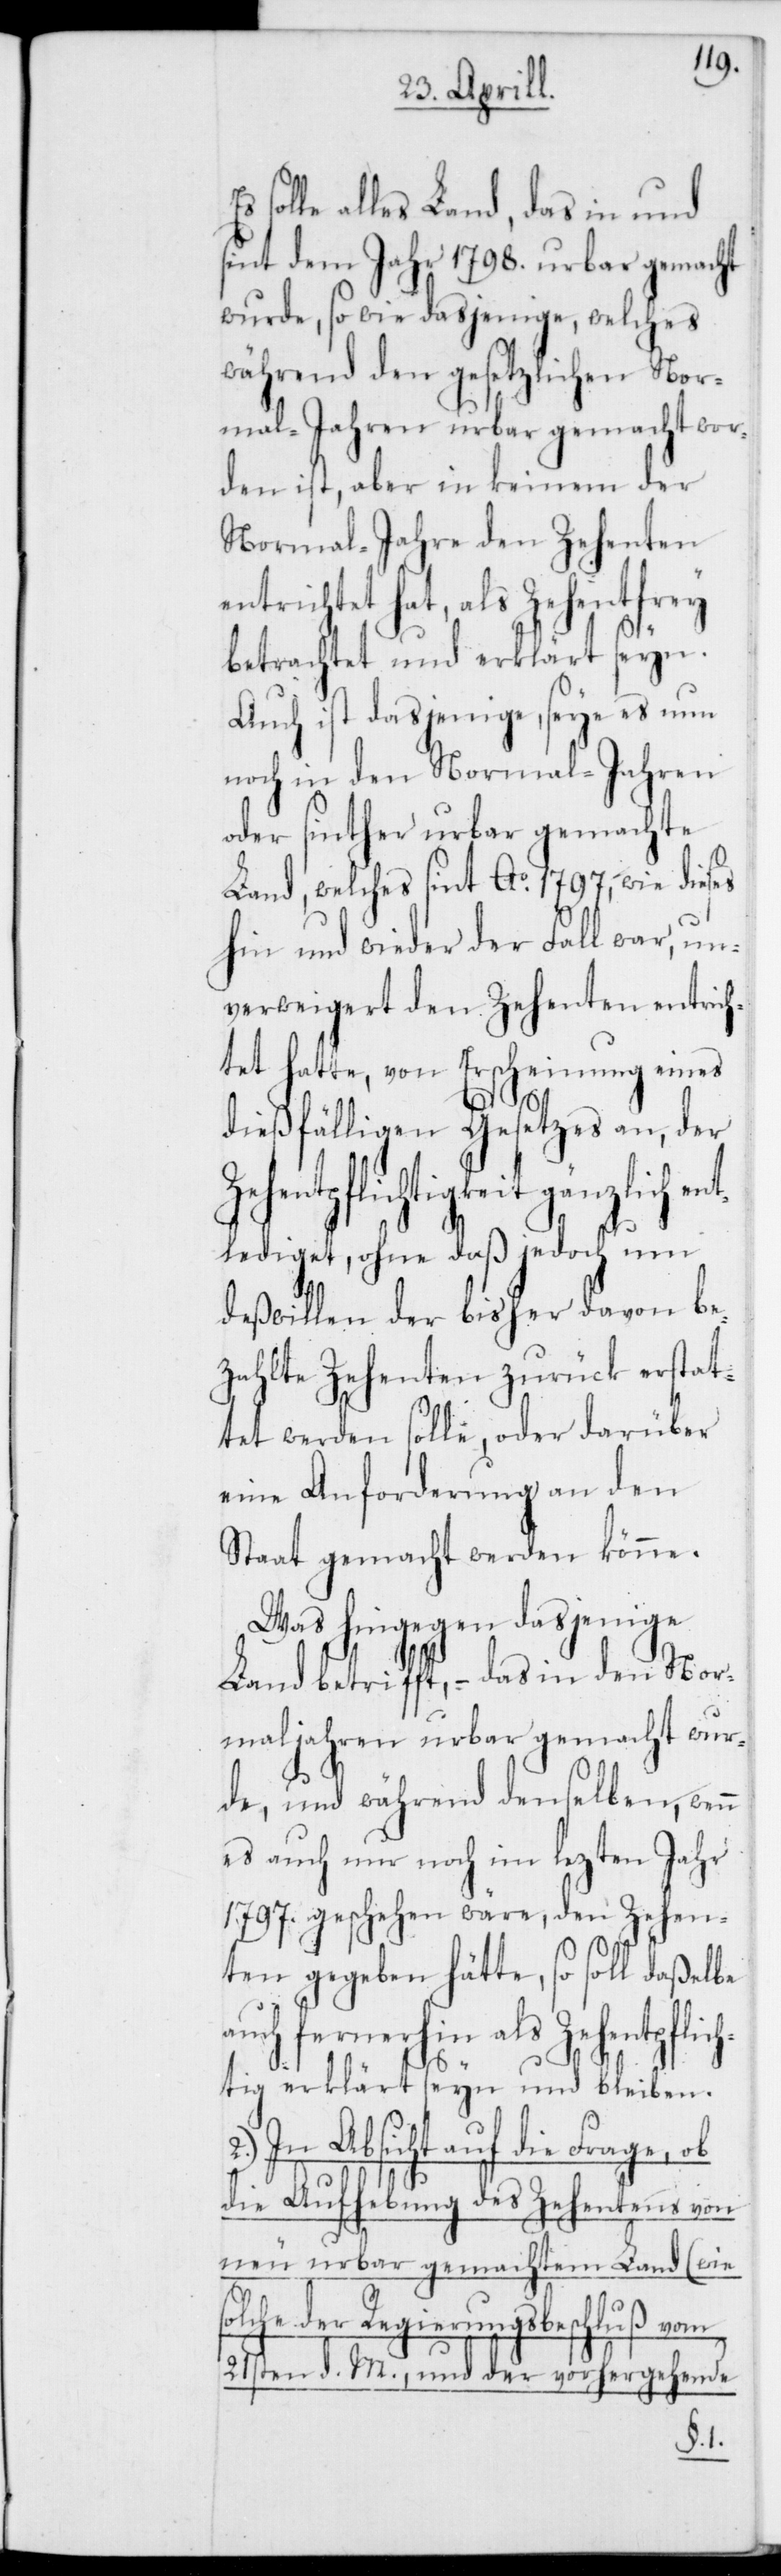
solle alles Land, das in und
sint dem Jahr 1798. urbar gemacht
wurde, sowie dasjenige, welches
während den gesezlichen Nor¬
mal-Jahren urbar gemacht wor¬
den ist, aber in keinem der
Normal-Jahre den Zehenten
entrichtet hat, als Zehentfrey
betrachtet und erklärt seyn.
Auch ist dasjenige, seye es nun
noch in den Normal-Jahren
oder sinther urbar gemachte
Land, welches sint Ao 1797, wie dieses
hin und wieder der Fall war, un¬
verweigeret den Zehenten entrich¬
tet hatte, von Erscheinung eines
dießfälligen Gesetzes an, der
hentpflichtigkeit gänzlich
lediget, ohne daß jedoch um
au¬
deßwillen der bisher davon be¬
zahlte Zehenten zurück erstat¬
tet werden solle, oder darüber
eine Anforderung an den
Staat gemacht werden könne.
Was hingegen dasjenige
Land betrifft, – das in den Nor¬
maljahren urbar gemacht wur¬
de, und während denselben, wenn
es auch nur noch im lezten Jahr
1797. geschehen wäre, den Zehen¬
ten gegeben hätte, so soll daßelbe
ch fernerhin als zehentpflic¬
htig erklärt seyn und bleiben.
In Absicht auf die Frage,
die Aufhebung des Zehentens von
neu urbar gemachtem Land (wie
solche der Regierungsbeschluß vom
21sten d. M., und der vorhergehende